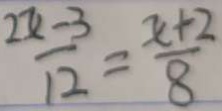
\frac { 2 x - 3 } { 1 2 } = \frac { x + 2 } { 8 }